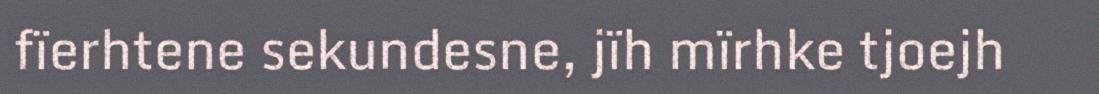
fïerhtene sekundesne, jïh mïrhke tjoejh